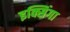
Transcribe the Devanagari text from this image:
इक्सिंगा